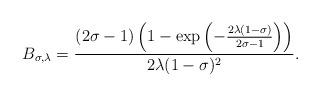
LaTeX: \begin{align*} B_{\sigma,\lambda}=\dfrac{(2\sigma-1)\left(1-\exp\left(-\frac{2\lambda(1-\sigma)}{2\sigma-1}\right)\right)}{2\lambda(1-\sigma)^2}.\end{align*}